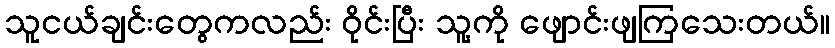
သူငယ်ချင်းတွေကလည်း ဝိုင်းပြီး သူ့ကို ဖျောင်းဖျကြသေးတယ်။